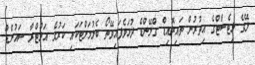
ލޭގެ މިޓެސްޓްގެ އިތުރުން ތައިރޮއިޑް ގްލޭންޑް ދުޅަވެފައިވޭތޯ ބެލުމަށްޓަކައި ކަރުގެ އަލްޓްރާ ސައުންޑް